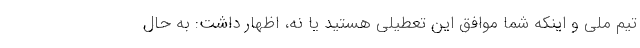
تیم ملی و اینکه شما موافق این تعطیلی هستید یا نه، اظهار داشت: به حال